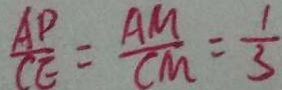
\frac { A D } { C E } = \frac { A M } { C M } = \frac { 1 } { 3 }